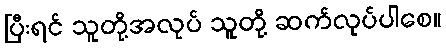
ပြီးရင် သူတို့အလုပ် သူတို့ ဆက်လုပ်ပါစေ။